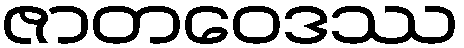
ဇာတဝေဒဿ